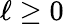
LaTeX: \ell\ge 0